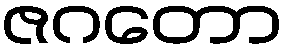
ဇဂတော